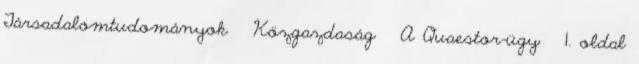
Társadalomtudományok Közgazdaság A Quaestor-ügy 1. oldal